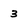
Character: 3